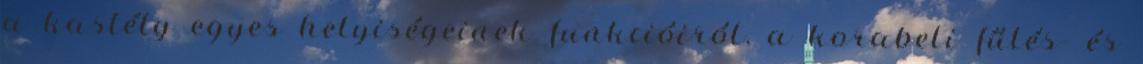
a kastély egyes helyiségeinek funkcióiról, a korabeli fűtés- és